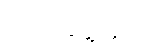
ယင်းအဖွဲ့တွင်